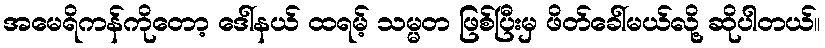
အမေရိကန်ကိုတော့ ဒေါ်နယ် ထရမ့် သမ္မတ ဖြစ်ပြီးမှ ဖိတ်ခေါ်မယ်လို့ ဆိုပါတယ်။